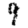
Digit: 9